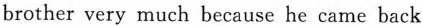
brother very much because he came back